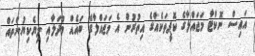
އައިސް ނޮކްޓާ މަޖައްލާގެ ކޮޕީތަކެއްގެ އިތުރުން އެ މަޖައްލާގެ ބައެއް މުދަލާއި ލިޔެކިޔުންތައް